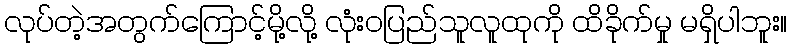
လုပ်တဲ့အတွက်ကြောင့်မို့လို့ လုံးဝပြည်သူလူထုကို ထိခိုက်မှု မရှိပါဘူး။